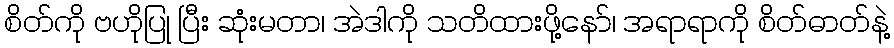
စိတ်ကို ဗဟိုပြု ပြီး ဆုံးမတာ၊ အဲဒါကို သတိထားဖို့နော်၊ အရာရာကို စိတ်ဓာတ်နဲ့